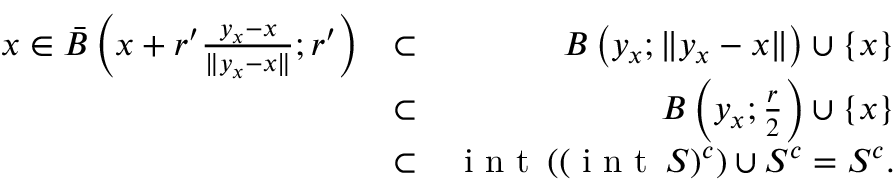
\begin{array} { r l r } { x \in \bar { B } \left( x + r ^ { \prime } \frac { y _ { x } - x } { \| y _ { x } - x \| } ; r ^ { \prime } \right) } & { \subset } & { { B } \left( y _ { x } ; \| y _ { x } - x \| \right) \cup \{ x \} } \\ & { \subset } & { { B } \left( y _ { x } ; \frac { r } { 2 } \right) \cup \{ x \} } \\ & { \subset } & { \textnormal { i n t } \, ( ( \textnormal { i n t } \, S ) ^ { c } ) \cup S ^ { c } = S ^ { c } . } \end{array}